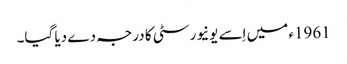
1961ء میں اِسے یونیورسٹی کا درجہ دے دیا گیا۔